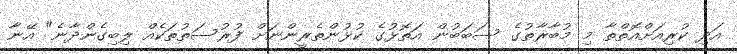
އަދި ކުރިއަށްއޮތްތާ މި މުބާރާތުގެ ސަބަބުން އަތޮޅުގެ ކުޅުންތެރީންނަށް ފުރުސަތުތަކެއް ލިބިގެންދާނެ" އޭނާ